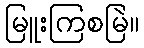
မြူးကြစမြဲ။